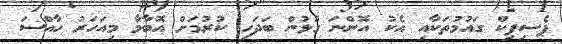
ޕެސިފިކް ގައުމުތަކާއި އެކު އޮންނަ ގުޅުން ބަދަހި ކުރުމަށް އޮބާމާ މިއަހަރު ހާއްސަ